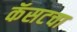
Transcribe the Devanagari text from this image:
कॅसटचा